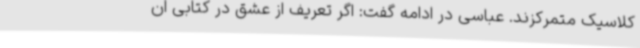
کلاسیک متمرکزند. عباسی در ادامه گفت: اگر تعریف از عشق در کتابی ان